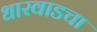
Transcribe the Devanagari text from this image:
धारवाडचा